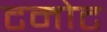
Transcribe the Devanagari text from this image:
टनोट